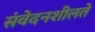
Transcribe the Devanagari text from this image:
संवेदनशीलते